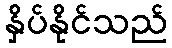
နှိပ်နိုင်သည်